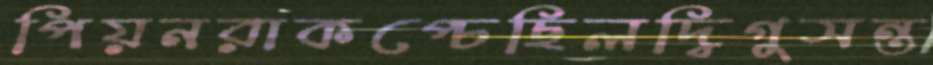
পিয়নরাকপ্‌চেছিলদ্বিগুসন্ত